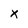
Character: x